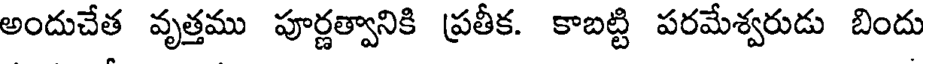
అందుచేత వృత్తము పూర్ణత్వానికి ప్రతీక. కాబట్టి పరమేశ్వరుడు బిందు